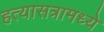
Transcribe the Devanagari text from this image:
हत्यासत्रामध्ये